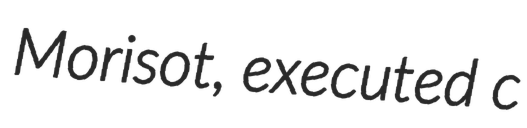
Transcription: Morisot, executed c